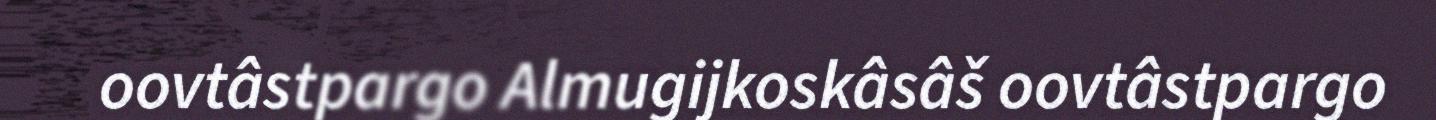
oovtâstpargo Almugijkoskâsâš oovtâstpargo